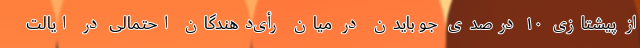
از پیشتازی ۱۰ درصدی جو بایدن در میان رأی‌دهندگان احتمالی در ایالت